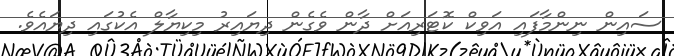
ސައިން ނިންމާފައި އަވިކް ކޮޓަރިއަށް ދާން ވެގެން ދިޔައިރު މިކިޔާލް އެކުގައި ދިޔައެވެ.